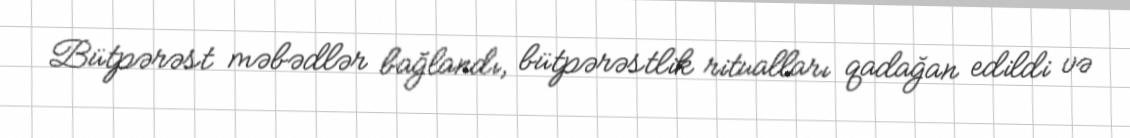
Bütpərəst məbədlər bağlandı, bütpərəstlik ritualları qadağan edildi və